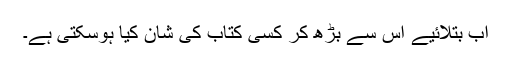
اب بتلائیے اس سے بڑھ کر کسی کتاب کی شان کیا ہوسکتی ہے۔